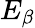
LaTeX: E_{\beta}